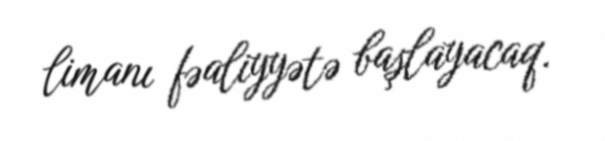
limanı fəaliyyətə başlayacaq.